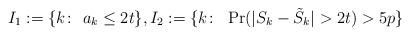
LaTeX: \begin{align*}I_{1}:=\{k\colon\ a_{k}\leq 2t\},I_{2}:=\{k\colon\ \Pr(|S_{k}-\tilde{S}_{k}|>2t)>5p\}\end{align*}